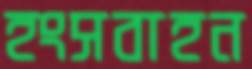
হংসবাহন